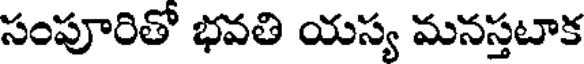
సంపూరితో భవతి యస్య మనస్తటాక